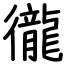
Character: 徿